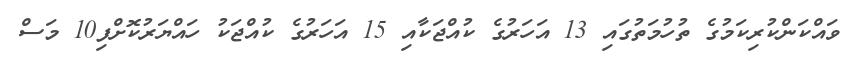
ވައްކަންކުރިކަމުގެ ތުހުމަތުގައި 13 އަހަރުގެ ކުއްޖަކާއި 15 އަހަރުގެ ކުއްޖަކު ހައްޔަރުކޮށްފި10 މަސް